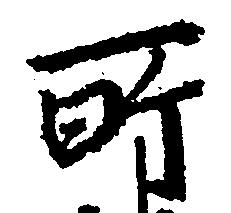
所